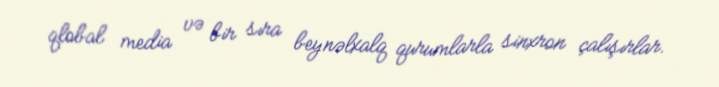
qlobal media və bir sıra beynəlxalq qurumlarla sinxron çalışırlar.